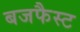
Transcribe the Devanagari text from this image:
बजफैस्ट